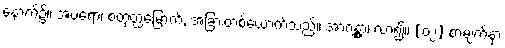
နောက်၌။ အပရော၊ စတုတ္ထမြောက်, အခြားတစ်ယောက်သည်။ အာဂန္တွာ၊ လာ၍။ [၀၂] စာမျက်နှာ